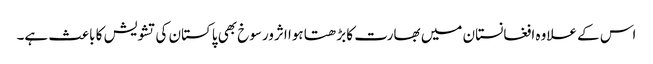
اس کے علاوہ افغانستان میں بھارت کا بڑھتا ہوا اثرورسوخ بھی پاکستان کی تشویش کا باعث ہے۔